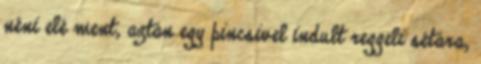
néni elé ment, aztán egy pincsivel indult reggeli sétára,